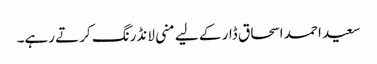
سعید احمد اسحاق ڈار کے لیے منی لانڈرنگ کرتے رہے۔